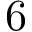
6